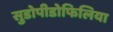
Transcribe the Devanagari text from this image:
सुडोपीडोफिलिया